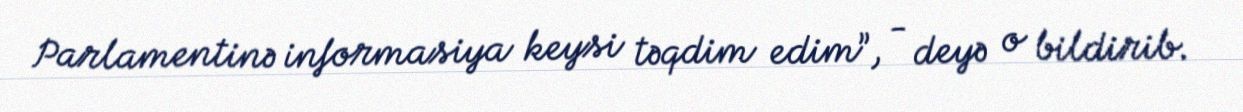
Parlamentinə informasiya keysi təqdim edim”, - deyə o bildirib.